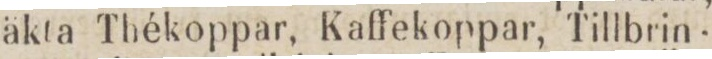
äkta Thékoppar, Kaffekoppar, Tillbrin-